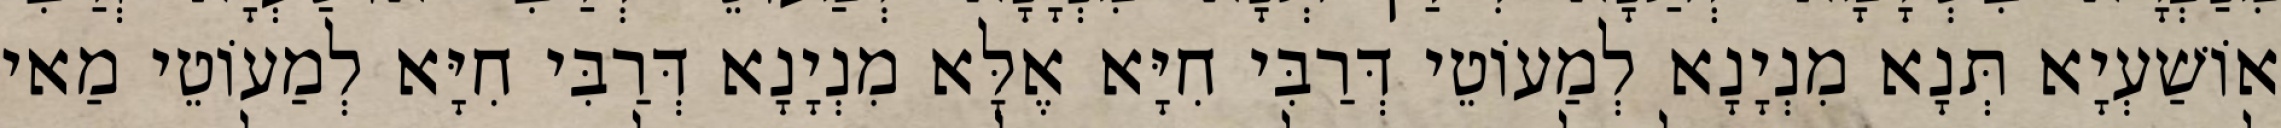
אוֹשַׁעְיָא תְּנָא מִנְיָנָא לְמַעוֹטֵי דְּרַבִּי חִיָּא אֶלָּא מִנְיָנָא דְּרַבִּי חִיָּא לְמַעוֹטֵי מַאי